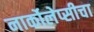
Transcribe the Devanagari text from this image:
नार्कोलेप्सीचा